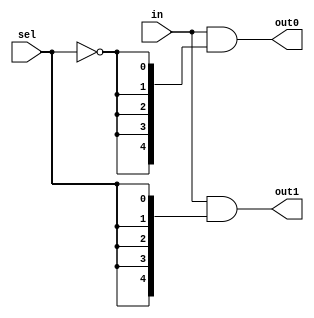
`timescale 1ns / 1ps

module demux_1x2_5b#(parameter N=5)(
    output [N-1:0] out0,
    output [N-1:0] out1,
    input [N-1:0] in,
    input sel
    );
    
    assign out0 = in & {N{~sel}};
    assign out1 = in & {N{sel}};
endmodule